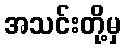
အသင်းတို့မှ